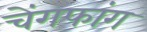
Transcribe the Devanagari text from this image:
चेंगफांग